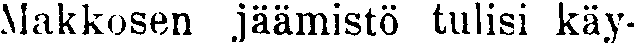
Makkosen jäämistö tulisi käy-